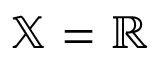
\mathbb { X } = \mathbb { R }